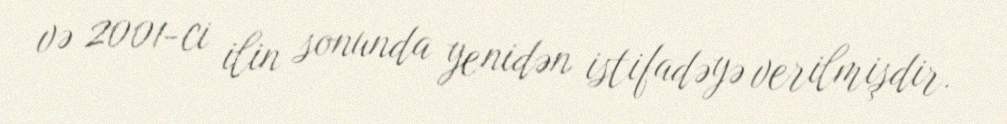
və 2001-ci ilin sonunda yenidən istifadəyə verilmişdir.